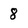
Character: 8